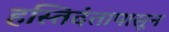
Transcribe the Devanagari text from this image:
हस्तिदंतापासून